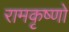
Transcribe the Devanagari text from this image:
रामकृष्णो